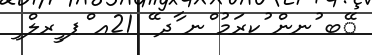
ޭބ ުނން ުކރަމު ްނ ާދ ޭ 21އ ްޕ ީރލް ި